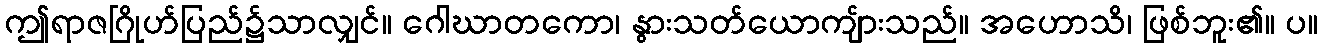
ဤရာဇဂြိုဟ်ပြည်၌သာလျှင်။ ဂေါဃာတကော၊ နွားသတ်ယောကျ်ားသည်။ အဟောသိ၊ ဖြစ်ဘူး၏။ ပ။